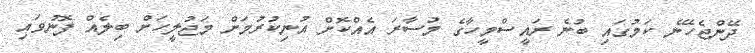
ދޭންޖެހޭނެ ކަމުގައި ބުނެ ރައީސްމީހާގެ މުސާރަ އެއްކޮށް އުނިކުރުމަށް މަޖުލީހަށް ބިލެއް ފޮނުވައި